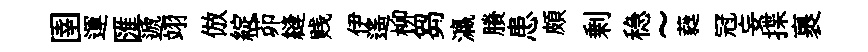
圉運匯遞翊倣綻茆縫贱伊遥柳芻瀛賸患頗剰稳~蕤冠妄揲裹